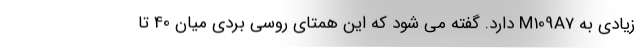
زیادی به M109A7 دارد. گفته می شود که این همتای روسی بردی میان 40 تا